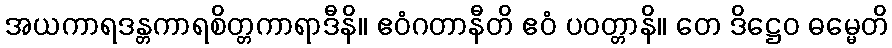
အယကာရဒန္တကာရစိတ္တကာရာဒီနိ။ ဧဝံဂတာနီတိ ဧဝံ ပဝတ္တာနိ။ တေ ဒိဋ္ဌေဝ ဓမ္မေတိ